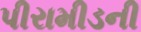
પીરામીડની